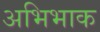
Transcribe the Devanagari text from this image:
अभिभाक